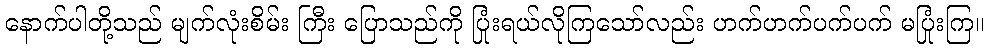
နောက်ပါတို့သည် မျက်လုံးစိမ်း ကြီး ပြောသည်ကို ပြုံးရယ်လိုကြသော်လည်း ဟက်ဟက်ပက်ပက် မပြုံးကြ။